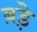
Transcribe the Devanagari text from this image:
ब़ड़े